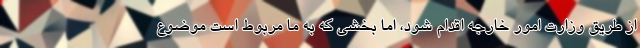
از طریق وزارت امور خارجه اقدام شود، اما بخشی که به ما مربوط است موضوع